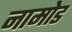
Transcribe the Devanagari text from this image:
नामोड